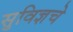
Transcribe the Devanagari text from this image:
सुविज्ञचे